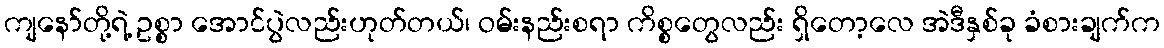
ကျနော်တို့ရဲ့ ဥစ္စာ အောင်ပွဲလည်းဟုတ်တယ်၊ ဝမ်းနည်းစရာ ကိစ္စတွေလည်း ရှိတော့လေ အဲဒီနှစ်ခု ခံစားချက်က